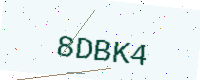
Text: 8DBK4